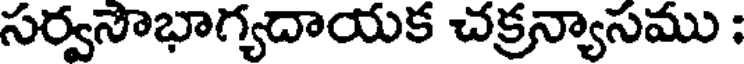
సర్వసౌభాగ్యదాయక చక్రన్యాసము :